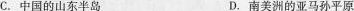
C.中国的山东半岛 D.南美洲的亚马孙平原